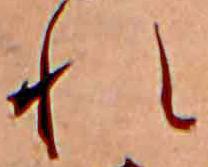
れ